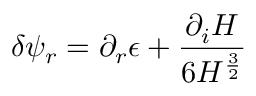
\delta \psi _ { r } = \partial _ { r } \epsilon + { \frac { \partial _ { i } H } { 6 H ^ { \frac { 3 } { 2 } } } }